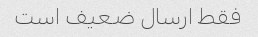
فقط ارسال ضعیف است